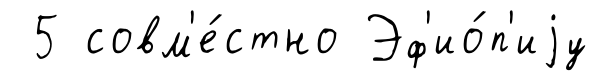
5 совм'е́стно Эф'ио́п'иjу